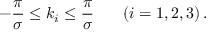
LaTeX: - { \frac { \pi } { \sigma } } \leq k _ { i } \leq { \frac { \pi } { \sigma } } \; \; \; \; \; \; \left( i = 1 , 2 , 3 \right) .